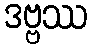
ဒဗ္ဗဿ